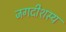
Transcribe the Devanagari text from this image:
जगदीशस्य